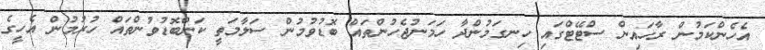
އެހެންކަމުން ރާހައިން ސްޓޭޓްގައި ހިނގަމުންދާ ހަމަނުޖެހުންތައް ބޮޑުވުމުން ސަލާމަތީ ކަންބޮޑުވުންތައް ހުރުމުން އެހީގެ